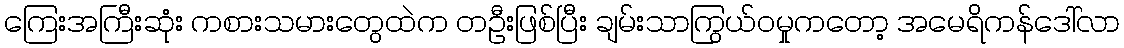
ကြေးအကြီးဆုံး ကစားသမားတွေထဲက တဦးဖြစ်ပြီး ချမ်းသာကြွယ်ဝမှုကတော့ အမေရိကန်ဒေါ်လာ